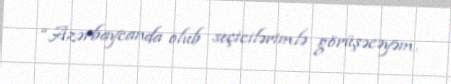
“Azərbaycanda olub seçicilərimlə görüşəcəyəm.